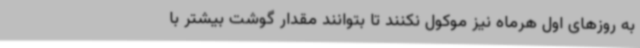
به روزهای اول هرماه نیز موکول نکنند تا بتوانند مقدار گوشت بیشتر با